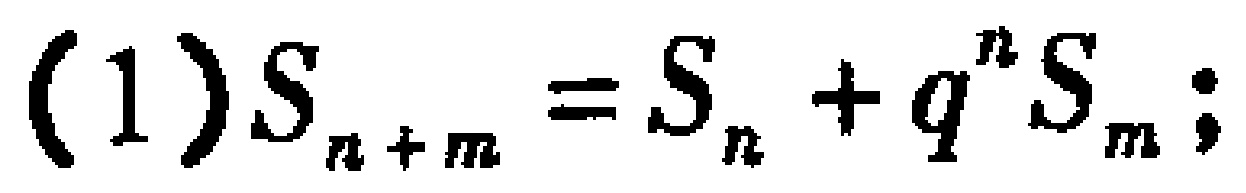
(1)$S_{n + m} = S_{n}+q^{n}S_{m};$